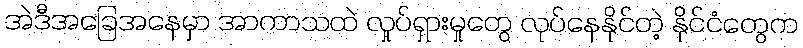
အဲဒီအခြေအနေမှာ အာကာသထဲ လှုပ်ရှားမှုတွေ လုပ်နေနိုင်တဲ့ နိုင်ငံတွေက